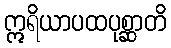
ဣရိယာပထပုစ္ဆာတိ